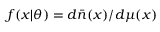
f ( x | \boldsymbol { \theta } ) = d \bar { n } ( x ) / d \mu ( x )